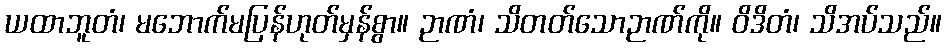
ယထာဘူတံ၊ မဘောက်မပြန်ဟုတ်မှန်စွာ။ ဉာဏံ၊ သိတတ်သောဉာဏ်ကို။ ဝိဒိတံ၊ သိအပ်သည်။